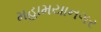
મહામયાનગર